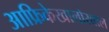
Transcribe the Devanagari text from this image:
आफ्रिकेखालोखाल